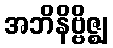
အဘိနိဗ္ဗိဇ္ဈ